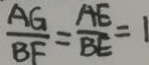
\frac { A G } { B F } = \frac { A E } { B E } = 1